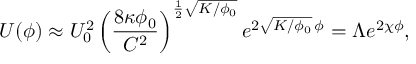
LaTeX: U ( \phi ) \approx U _ { 0 } ^ { 2 } \left( \frac { 8 \kappa \phi _ { 0 } } { C ^ { 2 } } \right) ^ { \frac 1 2 \sqrt { K / \phi _ { 0 } } } e ^ { 2 \sqrt { K / \phi _ { 0 } } \, \phi } = \Lambda e ^ { 2 \chi \phi } ,